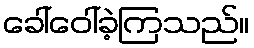
ခေါ်ဝေါ်ခဲ့ကြသည်။